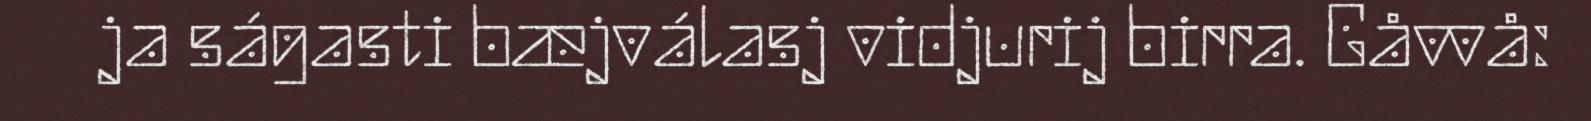
ja ságasti bæjválasj vidjurij birra. Gåvvå: